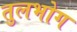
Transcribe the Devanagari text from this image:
तुलभोग